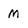
Character: M